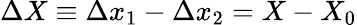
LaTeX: \Delta X\equiv\Delta x_{1}-\Delta x_{2}=X-X_{0}